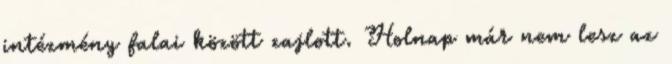
intézmény falai között zajlott. Holnap már nem lesz az